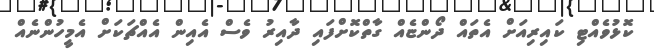
ކޮޅުވެއްޓި ކައިރިއަށް އެތައް ދޯންޏެއް ގާތްކޮށްފައި ދާއިރު ވެސް އެއިން އެއްޗަކަށް އެމީހުންނެއް